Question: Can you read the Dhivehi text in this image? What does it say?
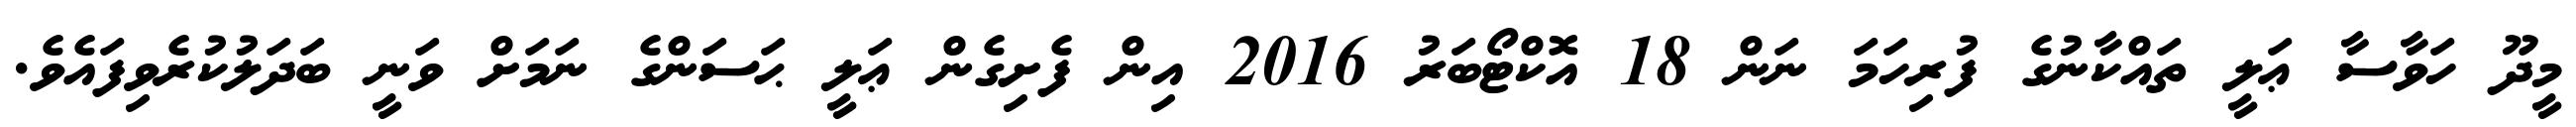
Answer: މީދޫ ހަވާސާ ޢަލީ ތައްކާނުގެ ފުރިހަމަ ނަން 18 އޮކްޓޯބަރު 2016 އިން ފެށިގެން ޢަލީ ޙަސަންގެ ނަމަށް ވަނީ ބަދަލުކުރެވިފައެވެ.